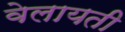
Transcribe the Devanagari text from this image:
वेलायती